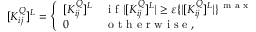
[ K _ { i j } ^ { Q } ] ^ { L } = \left\{ \begin{array} { l l } { [ K _ { i j } ^ { Q } ] ^ { L } } & { \mathrm { ~ i ~ f ~ } | [ K _ { i j } ^ { Q } ] ^ { L } | \ge \varepsilon \{ | [ K _ { i j } ^ { Q } ] ^ { L } | \} ^ { \mathrm { ~ m ~ a ~ x ~ } } } \\ { 0 } & { \mathrm { ~ o ~ t ~ h ~ e ~ r ~ w ~ i ~ s ~ e ~ , ~ } } \end{array} \right.